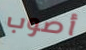
أصوب